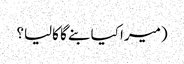
(میرا کیا بنے گا کالیا؟